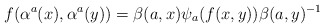
\begin{align*}f(\alpha^a(x),\alpha^a(y)) = \beta(a,x)\psi_a(f(x,y)) \beta(a,y)^{-1}\end{align*}